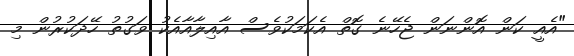
"އެއީ ކަން އޮންނަން ޖެހޭނެ ގޮތް އެކަމަކުވެސް އާއިލާއާއެކު ވަގުތު ހޭދަކުރުން މި